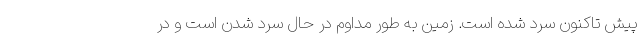
پیش تاکنون سرد شده است. زمین به طور مداوم در حال سرد شدن است و در